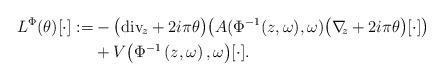
LaTeX: \begin{align*}\begin{aligned}L^\Phi(\theta)[\cdot]:=& -\big( {\rm div}_{\! z} + 2i\pi \theta \big)\big(A{( \Phi^{-1}(z,\omega),\omega)} {\big( \nabla_{\!\! z} + 2i\pi \theta \big)} [\cdot] \big)\\ &+V {\big(\Phi^{-1}\left(z,\omega\right),\omega\big)} [\cdot].\end{aligned}\end{align*}